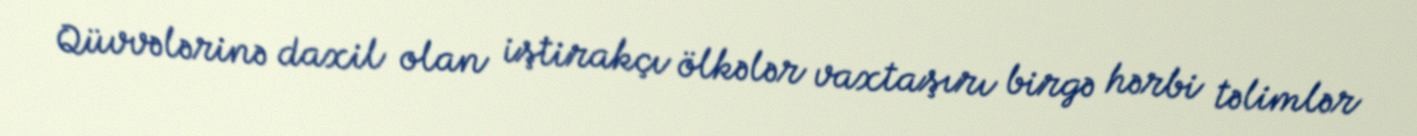
Qüvvələrinə daxil olan iştirakçı ölkələr vaxtaşırı birgə hərbi təlimlər